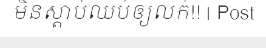
មិនស្តាប់ឈប់ឲ្យលក់!! | Post